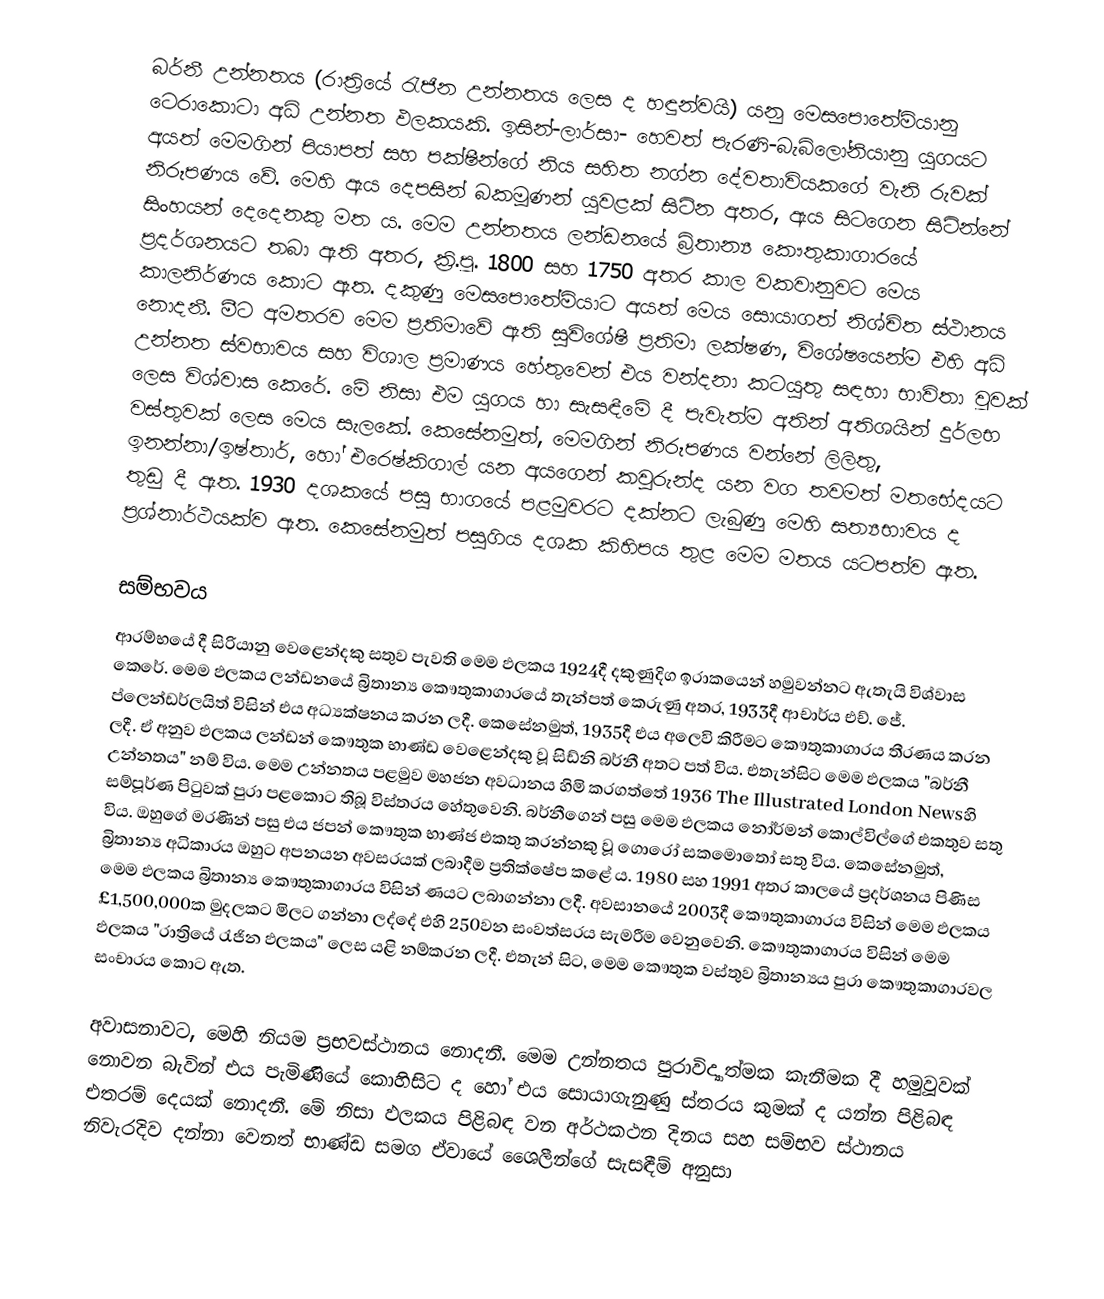
බර්නී උන්නතය (රාත්‍රියේ රැජින උන්නතය ලෙස ද හඳුන්වයි) යනු මෙසපොතේමියානු ටෙරාකොටා අධි උන්නත ඵලකයකි. ඉසින්-ලාර්සා- හෙවත් පැරණි-බැබිලෝනියානු යුගයට අයත් මෙමගින් පියාපත් සහ පක්ෂීන්ගේ නිය සහිත නග්න දේවතාවියකගේ වැනි රුවක් නිරූපණය වේ. මෙහි ඇය දෙපසින් බකමූණන් යුවළක් සිටින අතර, ඇය සිටගෙන සිටින්නේ සිංහයන් දෙදෙනකු මත ය. මෙම උන්නතය ලන්ඩනයේ බ්‍රිතාන්‍ය කෞතුකාගාරයේ ප්‍රදර්ශනයට තබා ඇති අතර, ක්‍රි.පූ. 1800 සහ 1750 අතර කාල වකවානුවට මෙය කාලනිර්ණය කොට ඇත. දකුණු මෙ‍සපොතේමියාට අයත් මෙය සොයාගත් නිශ්චිත ස්ථානය නොදනී. මීට අමතරව මෙම ප්‍රතිමාවේ ඇති සුවිශේෂී ප්‍රතිමා ලක්ෂණ, විශේෂයෙන්ම එහි අධි උන්නත ස්වභාවය සහ විශාල ප්‍රමාණය හේතුවෙන් එය වන්දනා කටයුතු සඳහා භාවිතා වූවක් ලෙස විශ්වාස කෙරේ. මේ නිසා එම යුගය හා සැසඳීමේ දී පැවැත්ම අතින් අතිශයින් දුර්ලභ වස්තුවක් ලෙස මෙය සැලකේ. කෙසේනමුත්, මෙමගින් නිරූපණය වන්නේ ලිලිතු, ඉනන්නා/ඉෂ්තාර්, හෝ එරෙෂ්කිගාල් යන අයගෙන් කවුරුන්ද යන වග තවමත් මතභේදයට තුඩු දී ඇත. 1930 දශකයේ පසු භාගයේ පළමුවරට දක්නට ලැබුණු මෙහි සත්‍යභාවය ද ප්‍රශ්නාර්ථයක්ව ඇත. කෙසේනමුත් පසුගිය දශක කිහිපය තුළ මෙම මතය යටපත්ව ඇත.

සම්භවය
ආරම්භයේ දී සිරියානු වෙළෙන්දකු සතුව පැවති මෙම ඵලකය 1924දී දකුණුදිග ඉරාකයෙන් හමුවන්නට ඇතැයි විශ්වාස කෙරේ. මෙම ඵලකය ලන්ඩනයේ බ්‍රිතාන්‍ය කෞතුකාගාරයේ තැන්පත් කෙරුණු අතර, 1933දී ආචාර්ය එච්.‍ ජේ. ප්ලෙන්ඩර්ලයිත් විසින් එය අධ්‍යක්ෂනය කරන ලදී. කෙසේනමුත්, 1935දී එය අලෙවි කිරීමට කෞතුකාගාරය තීරණය කරන ලදී. ඒ අනුව ඵලකය ලන්ඩන් කෞතුක භාණ්ඩ වෙළෙන්දකු වූ සිඩ්නි බර්නී අතට පත් විය. එතැන්සිට මෙම ඵලකය "බර්නී උන්නතය" නම් විය. මෙම උන්නතය පළමුව මහජන අවධානය හිමි කරගත්තේ 1936 The Illustrated London Newsහි සම්පූර්ණ පිටුවක් පුරා පළකොට තිබූ විස්තරය හේතුවෙනි. බර්නීගෙන් පසු මෙම ඵලකය නෝර්මන් කොල්විල්ගේ එකතුව සතු විය. ඔහු‍ගේ මරණින් පසු එය ජපන් කෞතුක භාණ්ජ එකතු කරන්නකු වූ ගොරෝ සකමොතෝ සතු විය. කෙසේනමුත්, බ්‍රිතාන්‍ය අධිකාරය ඔහුට අපනයන අවසරයක් ලබාදීම ප්‍රතික්ෂේප කළේ ය. 1980 සහ 1991 අතර කාලයේ ප්‍රදර්ශනය පිණිස මෙම ඵලකය බ්‍රිතාන්‍ය කෞතුකාගාරය විසින් ණයට ලබාගන්නා ලදී. අවසානයේ 2003දී කෞතුකාගාරය විසින් මෙම ඵලකය £1,500,000ක මුදලකට මිලට ගන්නා ලද්දේ එහි 250වන සංවත්සරය සැමරීම වෙනුවෙනි. කෞතුකාගාරය විසින් මෙම ඵලකය "රාත්‍රියේ රැජින ඵලකය" ලෙස යළි නම්කරන ලදී. එතැන් සිට, මෙම කෞතුක වස්තුව බ්‍රිතාන්‍යය පුරා කෞතුකාගාරවල සංචාරය කොට ඇත.

අවාසනාවට, මෙහි නියම ප්‍රභවස්ථානය නොදනී. මෙම උන්නතය පුරාවිද්‍යාත්මක කැනීමක දී හමුවූවක් නොවන බැවින් එය පැමිණියේ කොහිසිට ද හෝ එය සොයාගැනුණු ස්තරය කුමක් ද යන්න පිළිබඳ එතරම් දෙයක් නොදනී. මේ නිසා ඵලකය පිළිබඳ වන අර්ථකථන දිනය සහ සම්භව ස්ථානය නිවැරදිව දන්නා වෙනත් භාණ්ඩ සමග ඒවායේ ශෛලීන්ගේ සැසඳීම් අනුසා